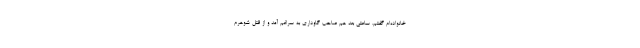
خانواده‌ام گفتم. ساعتی بعد هم صاحب گاوداری به سراغم آمد و از قتل شوهرم